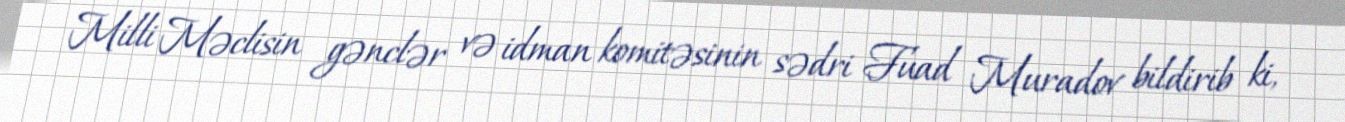
Milli Məclisin gənclər və idman komitəsinin sədri Fuad Muradov bildirib ki,